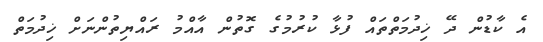
އެ ކާޑުން ދޭ ޚިދުމަތްތައް ފުޅާ ކުރުމުގެ ގޮތުން އާއްމު ރައްޔިތުންނަށް ޚިދުމަތް